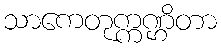
သာကေတုက္ကဏ္ဌိတာ